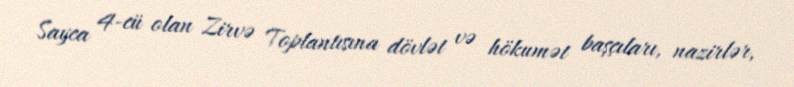
Sayca 4-cü olan Zirvə Toplantısına dövlət və hökumət başçıları, nazirlər,